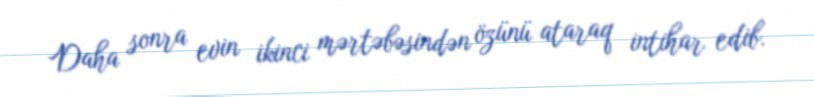
Daha sonra evin ikinci mərtəbəsindən özünü ataraq intihar edib.